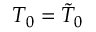
T _ { 0 } = \tilde { T } _ { 0 }